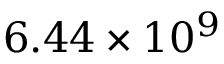
6 . 4 4 \times 1 0 ^ { 9 }